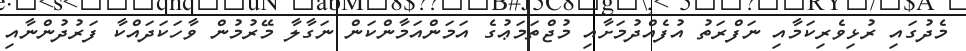
މެދުގައި ރުޅިވެރިކަމާއި ނަފްރަތު އުފެއްދުމަށާއި މުޖްތަމަޢުގެ އަމަންއަމާންކަން ނަގާލާ މޭރުމުން ވާހަކަދައްކާ ފަރުދުންނާއި